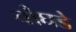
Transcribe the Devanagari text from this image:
चौघडे